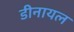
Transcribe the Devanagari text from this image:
डीनायल